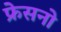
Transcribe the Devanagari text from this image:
फ्रेसनो